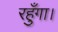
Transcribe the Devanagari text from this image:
रहुँगा।